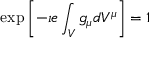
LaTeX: \exp \left[ - \imath e \int _ { V } g _ { \mu } d V ^ { \mu } \right] = 1